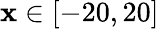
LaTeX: \mathbf{x}\in[-20,20]